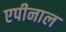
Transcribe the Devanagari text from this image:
एपीनाल